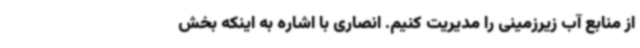
از منابع آب زیرزمینی را مدیریت کنیم. انصاری با اشاره به اینکه بخش